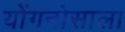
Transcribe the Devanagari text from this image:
योंगनोसाला